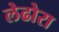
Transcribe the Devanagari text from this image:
लेढोरा